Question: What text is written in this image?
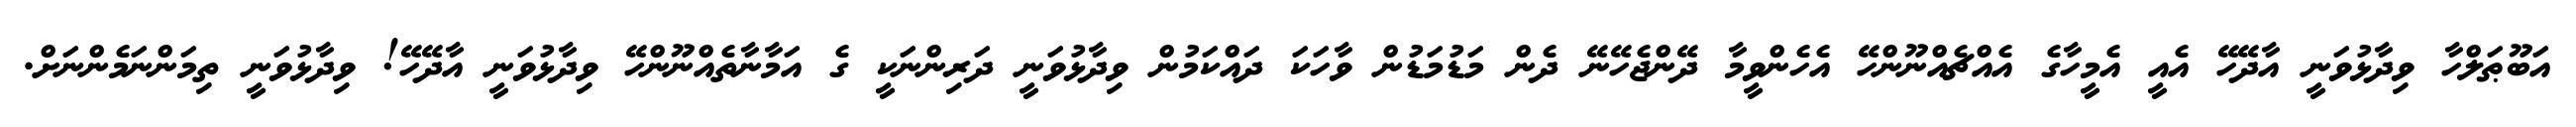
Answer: އަބޫޠަލްހާ ވިދާޅުވަނީ އާދޭހޭ އެއީ އެމީހާގެ އެއްޗެއްނޫންހޭ އެހެންވީމާ ދޭންޖެހޭނޭ ދެން މަޑުމަޑުން ވާހަކަ ދައްކަމުން ވިދާޅުވަނީ ދަރިންނަކީ ގެ އަމާނާތެއްނޫންހޭ ވިދާޅުވަނީ އާދޭހޭ! ވިދާޅުވަނީ ތިމަންނަމެންނަށް.